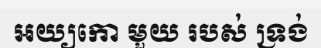
អយ្យកោ មួយ របស់ ទ្រង់